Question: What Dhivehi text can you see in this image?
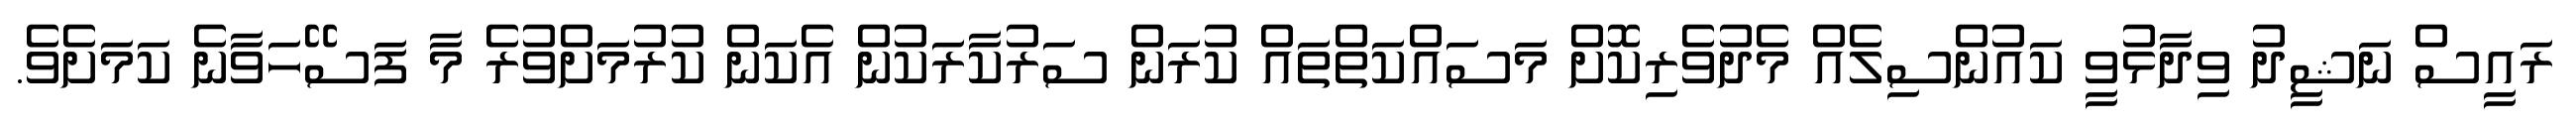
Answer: ރައީސް ނަޝީދު ވިދާޅުވީ ކައުންސިލެއް މެދުވެރިކޮށް މަސައްކަތްތައް ކުރަން ސަރުކާރަކުން އެކަން ކުރުމަށްވުރެ މާ ފަސޭހަވާނެ ކަމަށެވެ.